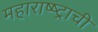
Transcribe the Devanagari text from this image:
महाराष्ष्ट्राची